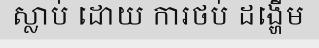
ស្លាប់ ដោយ ការថប់ ដង្ហើម